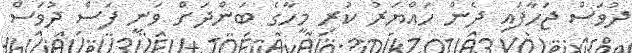
ދުވަސް ޖަހާފައި ދެން ހައްޔަރު ކުރި މީހާގެ ބަންދަށް ވަނީ ފަސް ދުވަސް